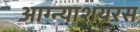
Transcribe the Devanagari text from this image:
आग्न्याशयरस